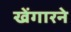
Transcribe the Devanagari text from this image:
खेंगारने